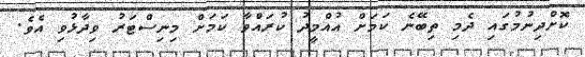
ކޮށްދިނުމުގައި ދެމި ތިބޭނެ ކަމަށް އުއްމީދު ކުރައްވާ ކަމަށް މިނިސްޓަރު ވިދާޅުވި އެވެ.